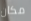
مكان